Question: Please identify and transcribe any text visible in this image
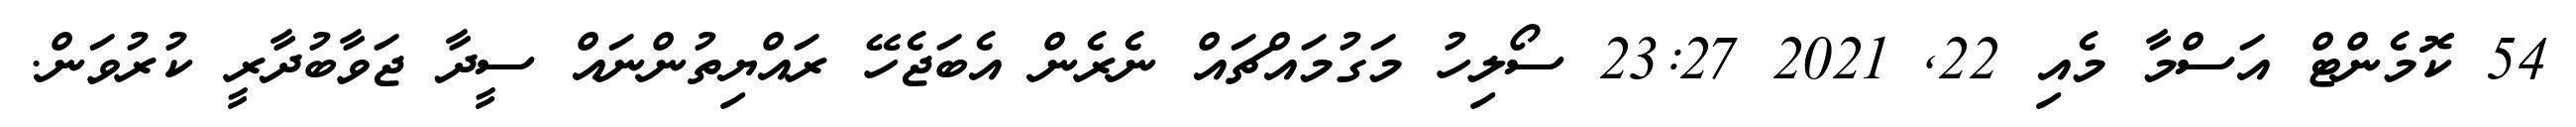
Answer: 54 ކޮމެންޓް އަސްމާ މެއި 22, 2021 23:27 ސޯލިހު މަގުމައްޗައް ނެރެން އެބަޖެހޭ ރައްޔިތުންނައް ސީދާ ޖަވާބުދާރީ ކުރުވަން.